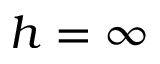
h = \infty